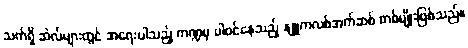
သက်ရှိ ဆဲလ်များတွင် အရေးပါသည့် ကဏ္ဍမှ ပါဝင်နေသည့် နျူကလစ်အက်ဆစ် တစ်မျိုးဖြစ်သည်။